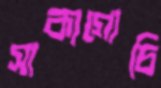
সাকাগোচি